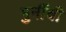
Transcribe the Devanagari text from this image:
मुनींची